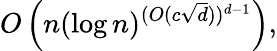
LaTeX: O\left(n(\log n)^{(O(c{\sqrt{d}}))^{d-1}}\right),